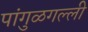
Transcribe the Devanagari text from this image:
पांगुळगल्ली